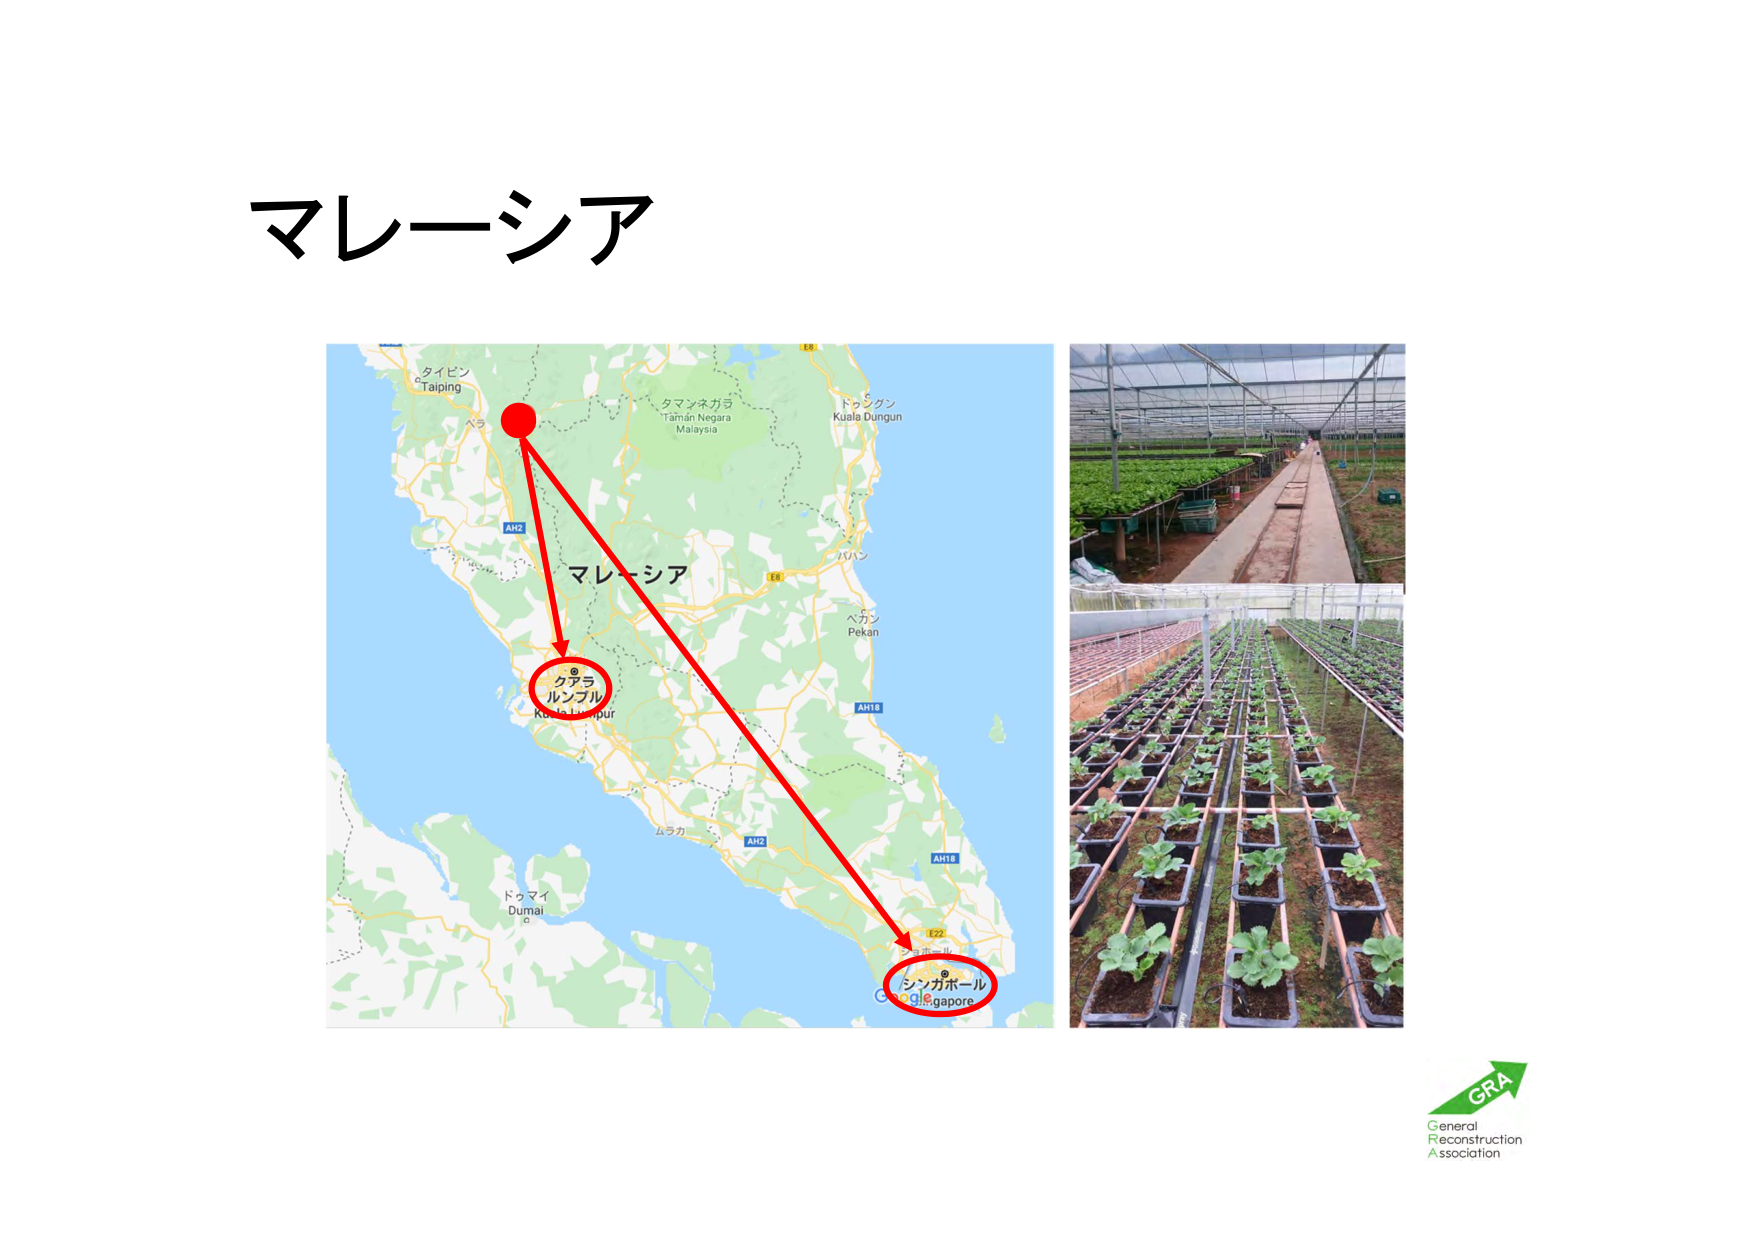
マレーシア

タイピン
Taiping

タマンネガラ
Taman Negara
Malaysia

ドゥンガン
Kuala Dungun

マレーシア

ペカン
Pekan

クアラ
ルンプル
Kuala Lumpur

ムラカ

ドゥマイ
Dumai

シンガポール
Singapore

AH2
E8
AH18
E22

Google

GRA
General
Reconstruction
Association